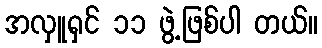
အလှူရှင် ၁၁ ဖွဲ့ဖြစ်ပါ တယ်။